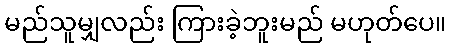
မည်သူမျှလည်း ကြားခဲ့ဘူးမည် မဟုတ်ပေ။